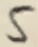
Text: 5